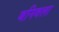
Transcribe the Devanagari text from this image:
बनिवला